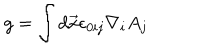
g = \int d \vec { x } \epsilon _ { 0 i j } \nabla _ { i } A _ { j }